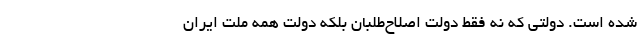
شده است. دولتی که نه فقط دولت اصلاح‌طلبان بلکه دولت همه ملت ایران